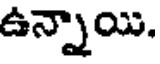
ఉన్నాయి.